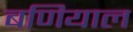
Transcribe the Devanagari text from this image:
बणियाल